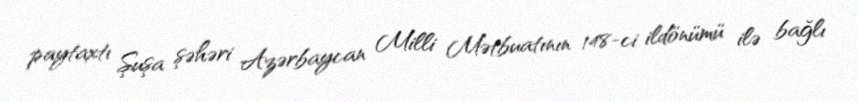
paytaxtı Şuşa şəhəri Azərbaycan Milli Mətbuatının 148-ci ildönümü ilə bağlı